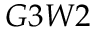
G 3 W 2